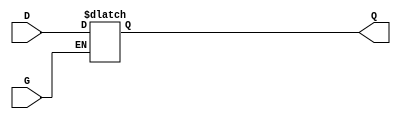
module gated_transparent_latch (
    input wire D,      // Data input
    input wire G,      // Enable signal
    output reg Q       // Output
);

// Always block to model the behavior of the latch
always @(*) begin
    if (G) begin
        // When G is high, output follows the input
        Q = D;
    end
    // When G is low, Q retains its previous value (no assignment needed)
end

endmodule